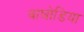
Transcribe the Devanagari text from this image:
वाघोडिया